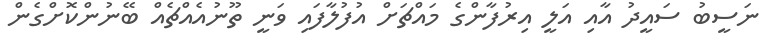
ނަސީބު ސައީދު އާއި އަލީ އިރުފާންގެ މައްޗަށް އުފުލާފައި ވަނީ ތޫނުއެއްޗެއް ބޭނުންކޮށްގެން